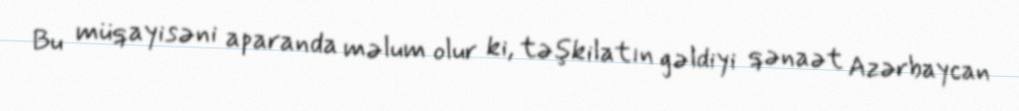
Bu müqayisəni aparanda məlum olur ki, təşkilatın gəldiyi qənaət Azərbaycan